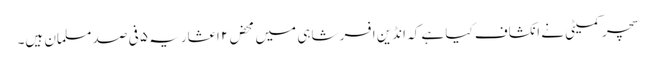
سچر کمیٹی نے انکشاف کیا ہے کہ انڈین افسر شاہی میں محض۲ اعشاریہ ۵ فی صد مسلمان ہیں۔